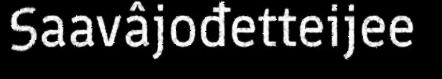
Saavâjođetteijee